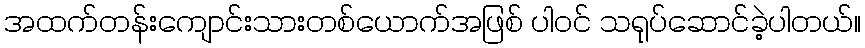
အထက်တန်းကျောင်းသားတစ်ယောက်အဖြစ် ပါဝင် သရုပ်ဆောင်ခဲ့ပါတယ်။